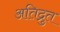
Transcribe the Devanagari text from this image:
अतिद्रुत